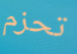
تحزم